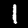
Label: 1